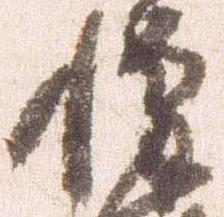
惶